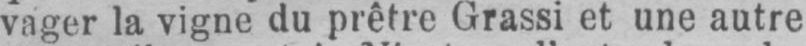
vager la vigne du prêtre Grassi et une autre